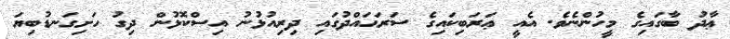
ޢާދު ބާގައިގެ މީހުންނެވެ. އެއީ ޢަރަބިކައިގެ ސަރަޙައްދުގައި ދިރިއުޅުނު އިސްކޮޅުން ދިގު ހަށިގަނޑުބިޔަ